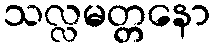
သလ္လမတ္တနော